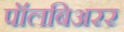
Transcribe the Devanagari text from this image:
पॉलबिअरर